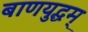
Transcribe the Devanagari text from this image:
बाणयुद्धम्